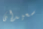
سعيدان